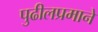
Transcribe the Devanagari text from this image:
पुढीलप्रमाने